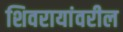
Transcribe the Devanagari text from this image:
शिवरायांवरील